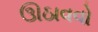
ઊઠાવવો